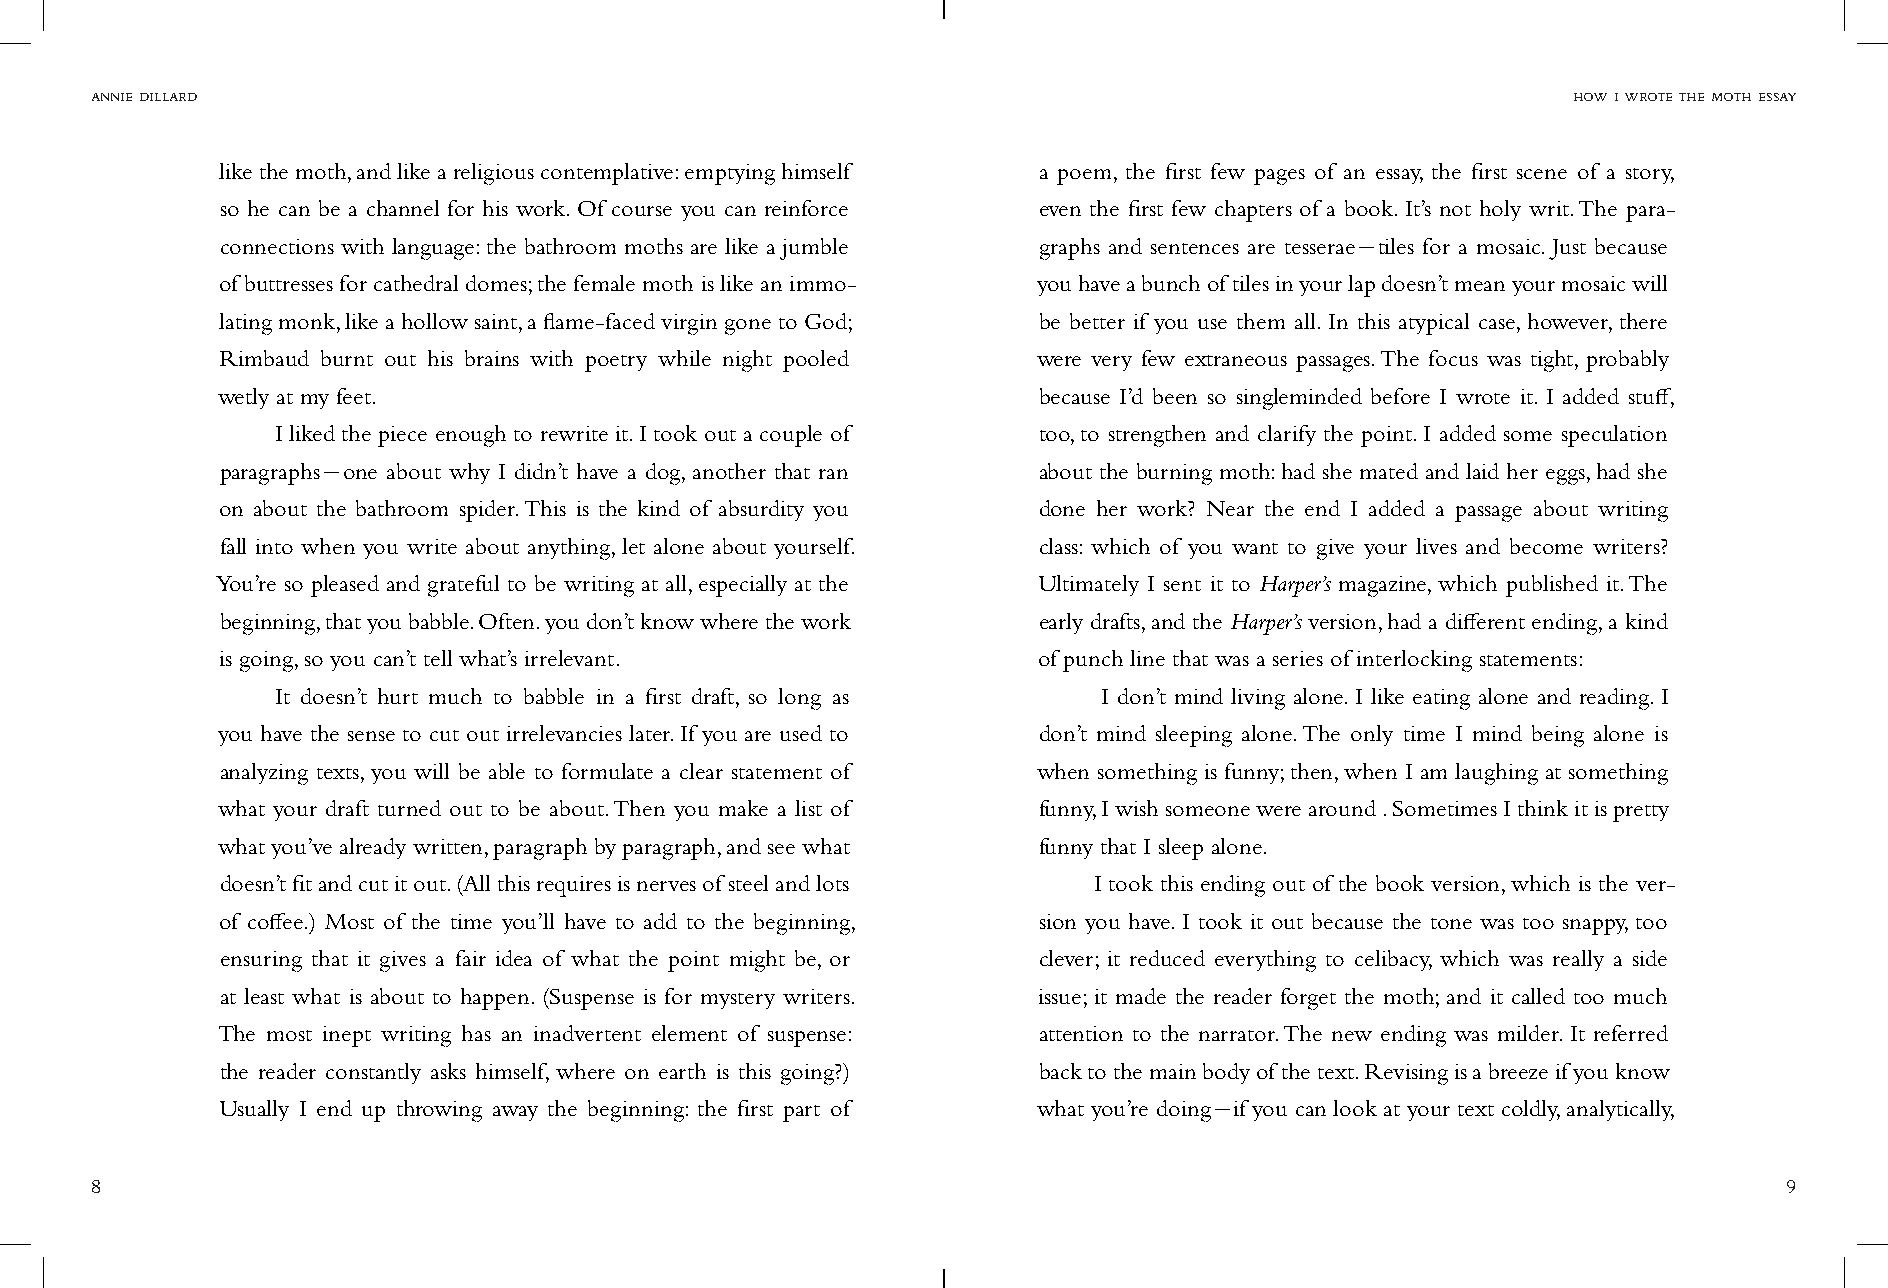
annie dillard                                                                                     how i wrote the moth essay
 like the moth, and like a religious contemplative: emptying himself a poem, the first few pages of an essay, the first scene of a story,
 so he can be a channel for his work. Of course you can reinforce even the first few chapters of a book. It’s not holy writ. The para-
 connections with language: the bathroom moths are like a jumble graphs and sentences are tesserae-tiles for a mosaic. Just because
 of buttresses for cathedral domes; the female moth is like an immo- you have a bunch of tiles in your lap doesn’t mean your mosaic will
 lating monk, like a hollow saint, a flame-faced virgin gone to God; be better if you use them all. In this atypical case, however, there
 Rimbaud burnt out his brains with poetry while night pooled were very few extraneous passages. The focus was tight, probably
 wetly at my feet.                                      because I’d been so singleminded before I wrote it. I added stuff,
 I liked the piece enough to rewrite it. I took out a couple of too, to strengthen and clarify the point. I added some speculation
 paragraphs-one about why I didn’t have a dog, another that ran about the burning moth: had she mated and laid her eggs, had she
 on about the bathroom spider. This is the kind of absurdity you done her work? Near the end I added a passage about writing
 fall into when you write about anything, let alone about yourself. class: which of you want to give your lives and become writers?
 You’re so pleased and grateful to be writing at all, especially at the Ultimately I sent it to Harper’s magazine, which published it. The
 beginning, that you babble. Often. you don’t know where the work early drafts, and the Harper’s version, had a different ending, a kind
 is going, so you can’t tell what’s irrelevant.        of punch line that was a series of interlocking statements:
 It doesn’t hurt much to babble in a first draft, so long as I don’t mind living alone. I like eating alone and reading. I
 you have the sense to cut out irrelevancies later. If you are used to don’t mind sleeping alone. The only time I mind being alone is
 analyzing texts, you will be able to formulate a clear statement of when something is funny; then, when I am laughing at something
 what your draft turned out to be about. Then you make a list of funny, I wish someone were around . Sometimes I think it is pretty
 what you’ve already written, paragraph by paragraph, and see what funny that I sleep alone.
 doesn’t fit and cut it out. (All this requires is nerves of steel and lots I took this ending out of the book version, which is the ver-
 of coffee.) Most of the time you’ll have to add to the beginning, sion you have. I took it out because the tone was too snappy, too
 ensuring that it gives a fair idea of what the point might be, or clever; it reduced everything to celibacy, which was really a side
 at least what is about to happen. (Suspense is for mystery writers. issue; it made the reader forget the moth; and it called too much
 The most inept writing has an inadvertent element of suspense: attention to the narrator. The new ending was milder. It referred
 the reader constantly asks himself, where on earth is this going?) back to the main body of the text. Revising is a breeze if you know
 Usually I end up throwing away the beginning: the first part of what you’re doing-if you can look at your text coldly, analytically,
 8                                                                                                               9